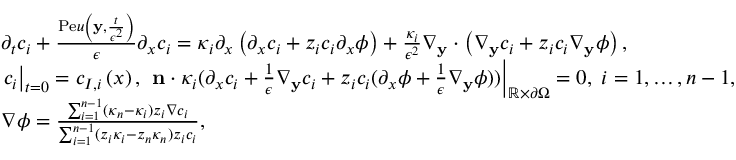
\begin{array} { r l } & { \partial _ { t } c _ { i } + \frac { \mathrm { P e } u \left( \mathbf { y } , \frac { t } { \epsilon ^ { 2 } } \right) } { \epsilon } \partial _ { x } c _ { i } = \kappa _ { i } \partial _ { x } \left( \partial _ { x } c _ { i } + z _ { i } c _ { i } \partial _ { x } \phi \right) + \frac { \kappa _ { i } } { \epsilon ^ { 2 } } \nabla _ { \mathbf { y } } \cdot \left( \nabla _ { \mathbf { y } } c _ { i } + z _ { i } c _ { i } \nabla _ { \mathbf { y } } \phi \right) , } \\ & { \left. c _ { i } \right| _ { t = 0 } = c _ { I , i } \left( x \right) , \; \left. \mathbf { n } \cdot \kappa _ { i } ( \partial _ { x } c _ { i } + \frac { 1 } { \epsilon } \nabla _ { \mathbf { y } } c _ { i } + z _ { i } c _ { i } ( \partial _ { x } \phi + \frac { 1 } { \epsilon } \nabla _ { \mathbf { y } } \phi ) ) \right| _ { \mathbb { R } \times \partial \Omega } = 0 , \; i = 1 , \hdots , n - 1 , } \\ & { \nabla \phi = \frac { \sum _ { i = 1 } ^ { n - 1 } ( \kappa _ { n } - \kappa _ { i } ) z _ { i } \nabla c _ { i } } { \sum _ { i = 1 } ^ { n - 1 } ( z _ { i } \kappa _ { i } - z _ { n } \kappa _ { n } ) z _ { i } c _ { i } } , } \end{array}